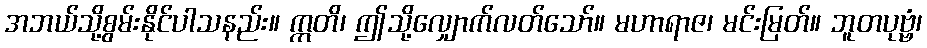
အဘယ်သို့စွမ်းနိုင်ပါသနည်း။ ဣတိ၊ ဤသို့လျှောက်လတ်သော်။ မဟာရာဇ၊ မင်းမြတ်။ ဘူတပုဗ္ဗံ၊